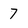
Character: 7